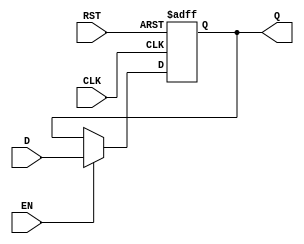
module IntermediateRegister #(
    parameter WIDTH = 8  // Parameter to define the width of the data input/output
)(
    input wire [WIDTH-1:0] D,    // Data input
    input wire CLK,               // Clock input
    input wire EN,                // Enable input
    input wire RST,               // Asynchronous reset input
    output reg [WIDTH-1:0] Q      // Data output
);

    // Asynchronous reset and synchronous data capture
    always @(posedge CLK or posedge RST) begin
        if (RST) begin
            Q <= {WIDTH{1'b0}};     // Reset output to zero
        end else if (EN) begin
            Q <= D;                 // Capture data on clock edge if enabled
        end
        // If EN is low, Q retains its previous value (no action needed)
    end

endmodule